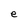
Character: e